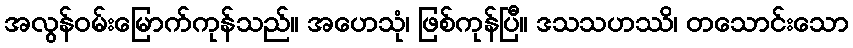
အလွန်ဝမ်းမြောက်ကုန်သည်။ အဟေသုံ၊ ဖြစ်ကုန်ပြီ။ ဒသသဟဿိ၊ တသောင်းသော